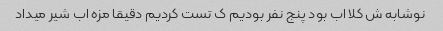
نوشابه ش کلا اب بود پنج نفر بودیم ک تست کردیم دقیقا مزه اب شیر میداد